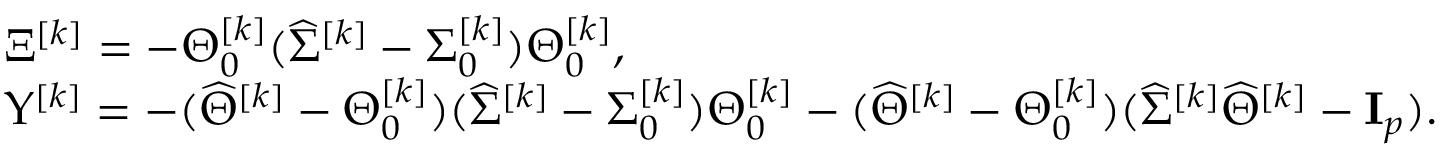
\begin{array} { r l } & { \Xi ^ { [ k ] } = - \Theta _ { 0 } ^ { [ k ] } ( \widehat { \Sigma } ^ { [ k ] } - \Sigma _ { 0 } ^ { [ k ] } ) \Theta _ { 0 } ^ { [ k ] } , } \\ & { \Upsilon ^ { [ k ] } = - ( \widehat { \Theta } ^ { [ k ] } - \Theta _ { 0 } ^ { [ k ] } ) ( \widehat { \Sigma } ^ { [ k ] } - \Sigma _ { 0 } ^ { [ k ] } ) \Theta _ { 0 } ^ { [ k ] } - ( \widehat { \Theta } ^ { [ k ] } - \Theta _ { 0 } ^ { [ k ] } ) ( \widehat { \Sigma } ^ { [ k ] } \widehat { \Theta } ^ { [ k ] } - { \bf I } _ { p } ) . } \end{array}